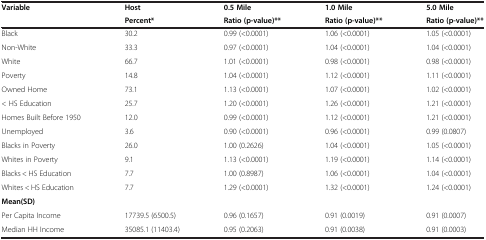
| Variable | Host | 0.5 Mile | 1.0 Mile | 5.0 Mile |
 |  | Percent* | Ratio (p-value)** | Ratio (p-value)** | Ratio (p-value)** |
 | --- | --- | --- | --- | --- |
 | Black | 30.2 | 0.99 (<0.0001) | 1.06 (<0.0001) | 1.05 (<0.0001) |
 | Non-White | 33.3 | 0.97 (<0.0001) | 1.04 (<0.0001) | 1.04 (<0.0001) |
 | White | 66.7 | 1.01 (<0.0001) | 0.98 (<0.0001) | 0.98 (<0.0001) |
 | Poverty | 14.8 | 1.04 (<0.0001) | 1.12 (<0.0001) | 1.11 (<0.0001) |
 | Owned Home | 73.1 | 1.13 (<0.0001) | 1.07 (<0.0001) | 1.02 (<0.0001) |
 | < HS Education | 25.7 | 1.20 (<0.0001) | 1.26 (<0.0001) | 1.21 (<0.0001) |
 | Homes Built Before 1950 | 12.0 | 0.99 (<0.0001) | 1.12 (<0.0001) | 1.21 (<0.0001) |
 | Unemployed | 3.6 | 0.90 (<0.0001) | 0.96 (<0.0001) | 0.99 (0.0807) |
 | Blacks in Poverty | 26.0 | 1.00 (0.2626) | 1.04 (<0.0001) | 1.05 (<0.0001) |
 | Whites in Poverty | 9.1 | 1.13 (<0.0001) | 1.19 (<0.0001) | 1.14 (<0.0001) |
 | Blacks < HS Education | 7.7 | 1.00 (0.8987) | 1.06 (<0.0001) | 1.04 (<0.0001) |
 | Whites < HS Education | 7.7 | 1.29 (<0.0001) | 1.32 (<0.0001) | 1.24 (<0.0001) |
 | <COLSPAN=5> Mean(SD) |
 | Per Capita Income | 17739.5 (6500.5) | 0.96 (0.1657) | 0.91 (0.0019) | 0.91 (0.0007) |
 | Median HH Income | 35085.1 (11403.4) | 0.95 (0.2063) | 0.91 (0.0038) | 0.91 (0.0003) |